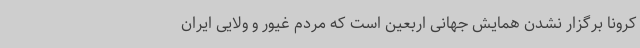
کرونا برگزار نشدن همایش جهانی اربعین است که مردم غیور و ولایی ایران